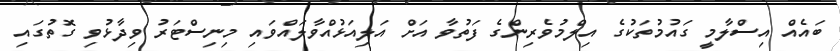
ބައެއް އިސްލާމީ ގައުމުތަކުގެ އިލްމުވެރިންގެ ފަތުވާ އަށް އަލިއަޅުއްވާލައްވައި މިނިސްޓަރު ވިދާޅުވި ގޮތުގައި